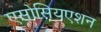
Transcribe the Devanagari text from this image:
एसोसियएशन